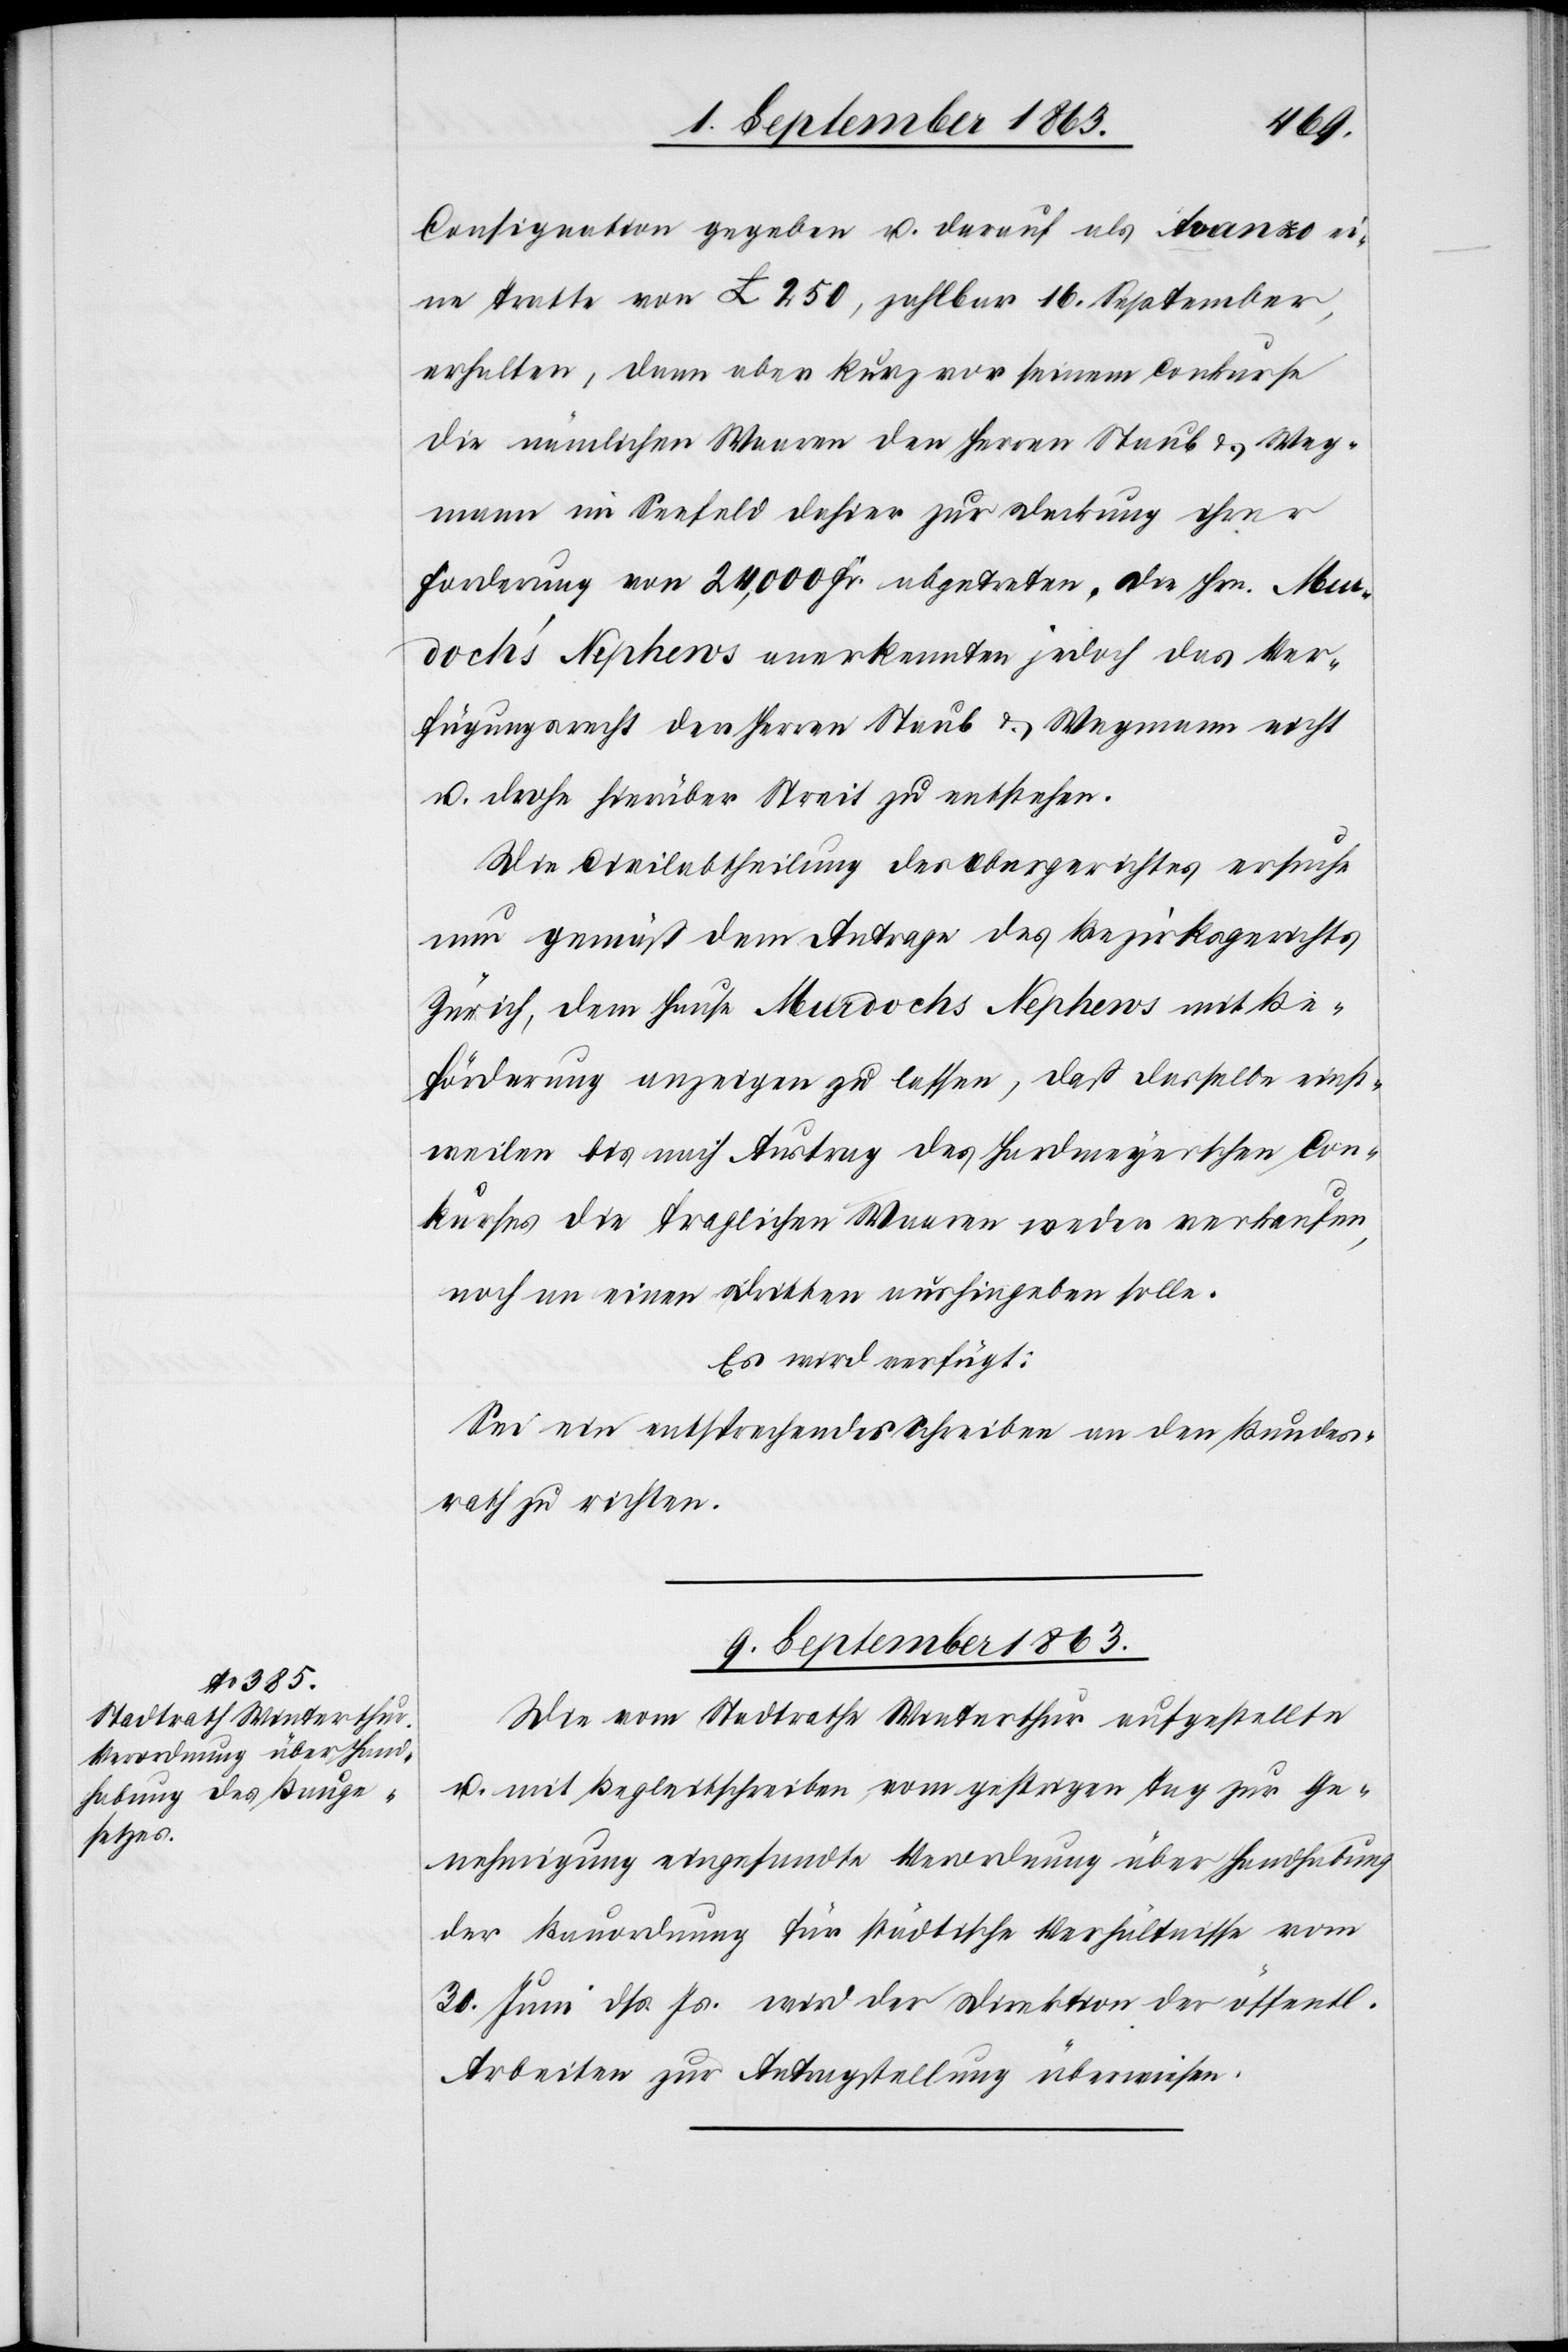
Consignation gegeben u. darauf als Avanzo ei¬
ne Tratte von £. 250, zahlbar 16. September,
erhalten, dann aber kurz vor seinem Conkurse
die nämlichen Waaren den Herren Staub & Weg¬
mann im Seefeld dahier zur Deckung ihrer
Forderung von 24,000 Fr. abgetreten. Die Hrn. Mur¬
doch's Nephews anerkannten jedoch das Ver¬
fügungsrecht der Herren Staub & Wegmann nicht
u. drohe hierüber Streit zu entstehen.
Die Civilabtheilung des Obergerichtes ersuche
nun gemäß dem Antrage des Bezirksgerichts
Zürich, dem Hause Murdochs Nephews mit Be¬
förderung anzeigen zu lassen, daß dasselbe einst¬
weilen bis nach Austrag des Hardmeyerschen Con¬
kurses die fraglichen Waaren weder verkaufen,
noch an einen Dritten aushingeben solle.
Es wird verfügt:
Sei ein entsprechendes Schreiben an den Bundes¬
rath zu richten.
9. September 1863.
Die vom Stadtrathe Winterthur aufgestellte
u. mit Begleitschreiben vom gestrigen Tag zur Ge¬
nehmigung eingesandte Verordnung über Handhabung
der Bauordnung für städtische Verhältnisse vom
30. Juni dß. Js. wird der Direktion der öffentl.
Arbeiten zur Antragstellung überwiesen.